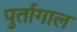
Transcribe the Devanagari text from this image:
पुर्तागाल